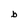
Character: b